Sanitation, dispensaries and jails vaccination Rajputana 1922-1927 - 1922-1927
Year: 1922
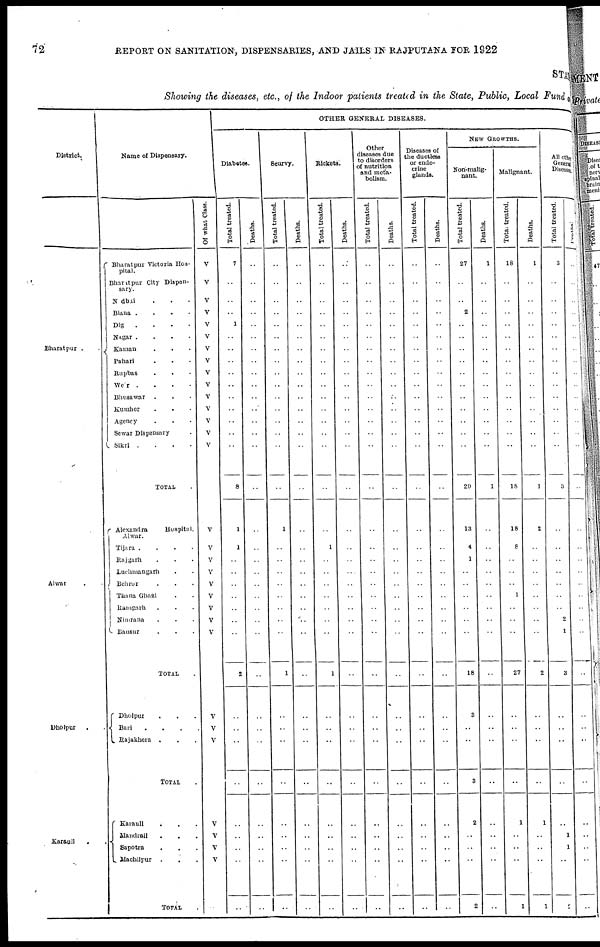
72
REPORT ON SANITATION, DISPENSARIES, AND JAILS IN RAJPUTANA FOR 1922
STAT
Showing the diseases, etc., of the Indoor patients treated in the State, Public, Local Fund
District.
Bharatpur .
Alwar ..
Dholpur ..
Karauli ..
Name of Dispensary.
Bharatpur Victoria Hos-
pital.
Bharatpur City Dispen-
sary.
Nadbai ...
Biana .
.
.
.
Dig
....
Nagar .
.
.
.
Kaman ...
Pahari ...
Rupbas ...
Weir ....
Bhusawar ...
Kumher
...
Agency ...
Sewar Dispensary .
Sikri .
.
.
.
TOTAL.
Alexandra
Hospital,
Alwar.
Tijara .
.
.
.
Rajgarh ...
Luchmangarh ..
Behror ...
Thana Ghazi ..
Ramgarh ...
Nimrana ...
Bausur ...
TOTAL.
Dholpur ...
Bari
.
.
.
.
Rajakhera ...
TOTAL .
Karauli
...
Mandrail ...
Sapotra ...
Machilpur
...
TOTAL .
Of what Class.
V
V
V
V
V
V
V
V
V
V
V
V
V
V
V
V
V
V
V
V
V
V
V
V
V
V
V
V
V
V
V
OTHER GENERAL DISEASES.
Diabetes.
Total treated.
7
..
..
..
1
..
..
..
..
..
..
..
..
..
..
8
1
1
..
..
..
..
..
..
..
2
..
..
..
..
..
..
..
..
..
Deaths.
..
..
..
..
..
..
..
..
..
..
..
..
..
..
..
..
..
..
..
..
..
..
..
..
..
..
..
..
..
..
..
..
..
..
..
Scurvy.
Total treated.
..
..
..
..
..
..
..
..
..
..
..
..
..
..
..
..
1
..
..
..
..
..
..
..
..
1
..
..
..
..
..
..
..
..
..
Deaths.
..
..
..
..
..
..
..
..
..
..
..
..
..
..
..
..
..
..
..
..
..
..
..
..
..
..
..
..
..
..
..
..
..
..
..
Rickets.
Total treated.
..
..
..
..
..
..
..
..
..
..
..
..
..
..
..
..
..
1
..
..
..
..
..
..
..
1
..
..
..
..
..
..
..
..
..
Deaths.
..
..
..
..
..
..
..
..
..
..
..
..
..
..
..
..
..
..
..
..
..
..
..
..
..
..
..
..
..
..
..
..
..
..
..
Other
diseases due
to disorders
of nutrition
and meta-
bolism.
Total treated.
..
..
..
..
..
..
..
..
..
..
..
..
..
..
..
..
..
..
..
..
..
..
..
..
..
..
..
..
..
..
..
..
..
..
..
Deaths.
..
..
..
..
..
..
..
..
..
..
..
..
..
..
..
..
..
..
..
..
..
..
..
..
..
..
..
..
..
..
..
..
..
..
..
Diseases of
the ductless
or endo-
crine
glands.
Total treated.
..
..
..
..
..
..
..
..
..
..
..
..
..
..
..
..
..
..
..
..
..
..
..
..
..
..
..
..
..
..
..
..
..
..
..
Deaths.
..
..
..
..
..
..
..
..
..
..
..
..
..
..
..
..
..
..
..
..
..
..
..
..
..
..
..
..
..
..
..
..
..
..
..
NEW GROWTHS.
Non-malig-
nant.
Total treated.
27
..
..
2
..
..
..
..
..
..
..
..
..
..
..
29
13
4
1
..
..
..
..
..
..
18
3
..
..
3
2
..
..
..
2
Deaths.
1
..
..
..
..
..
..
..
..
..
..
..
..
..
..
1
..
..
..
..
..
..
..
..
..
..
..
..
..
..
..
..
..
..
..
Malignant.
Total treated.
18
..
..
..
..
..
..
..
..
..
..
..
..
..
..
18
18
8
..
..
..
1
..
..
..
27
..
..
..
..
1
..
..
..
1
Deaths.
1
..
..
..
..
..
..
..
..
..
..
..
..
..
..
1
2
..
..
..
..
..
..
..
..
2
..
..
..
..
1
..
..
..
1
All other
General
Diseases
Total treated.
3
..
..
..
..
..
..
..
..
..
..
..
..
..
..
3
..
..
..
..
..
..
..
2
1
3
..
..
..
..
..
1
1
..
2
Deaths.
..
..
..
..
..
..
..
..
..
..
..
..
..
..
..
..
..
..
..
..
..
..
..
..
..
..
..
..
..
..
..
..
..
..
..